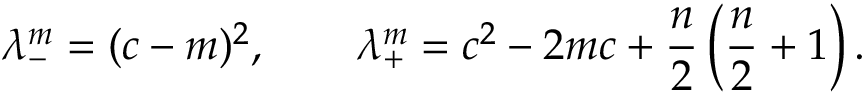
\lambda _ { - } ^ { m } = ( c - m ) ^ { 2 } , \qquad \lambda _ { + } ^ { m } = c ^ { 2 } - 2 m c + { \frac { n } { 2 } } \left( { \frac { n } { 2 } } + 1 \right) .